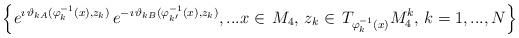
LaTeX: \begin{align*} \left\{ e^{\imath\,\vartheta_{kA}(\varphi^{-1}_{k}(x),z_k)}\, e^{-\imath\,\vartheta_{kB}(\varphi^{-1}_{k'}(x),z_k)},...x\in\,M_4,\,z_k\in\,T_{\varphi^{-1}_k(x)}M^k_4,\,k=1,...,N\right\} \end{align*}